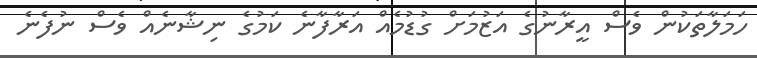
ހަމަލާތަކުން ވެސް އީރާނުގެ އަޒުމަށް ގުޑުމެއް އަރާފާނެ ކަމުގެ ނިޝާނެއް ވެސް ނުފެނެ